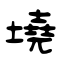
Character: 墝